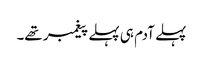
پہلے آدم ہی پہلے پیغمبر تھے۔